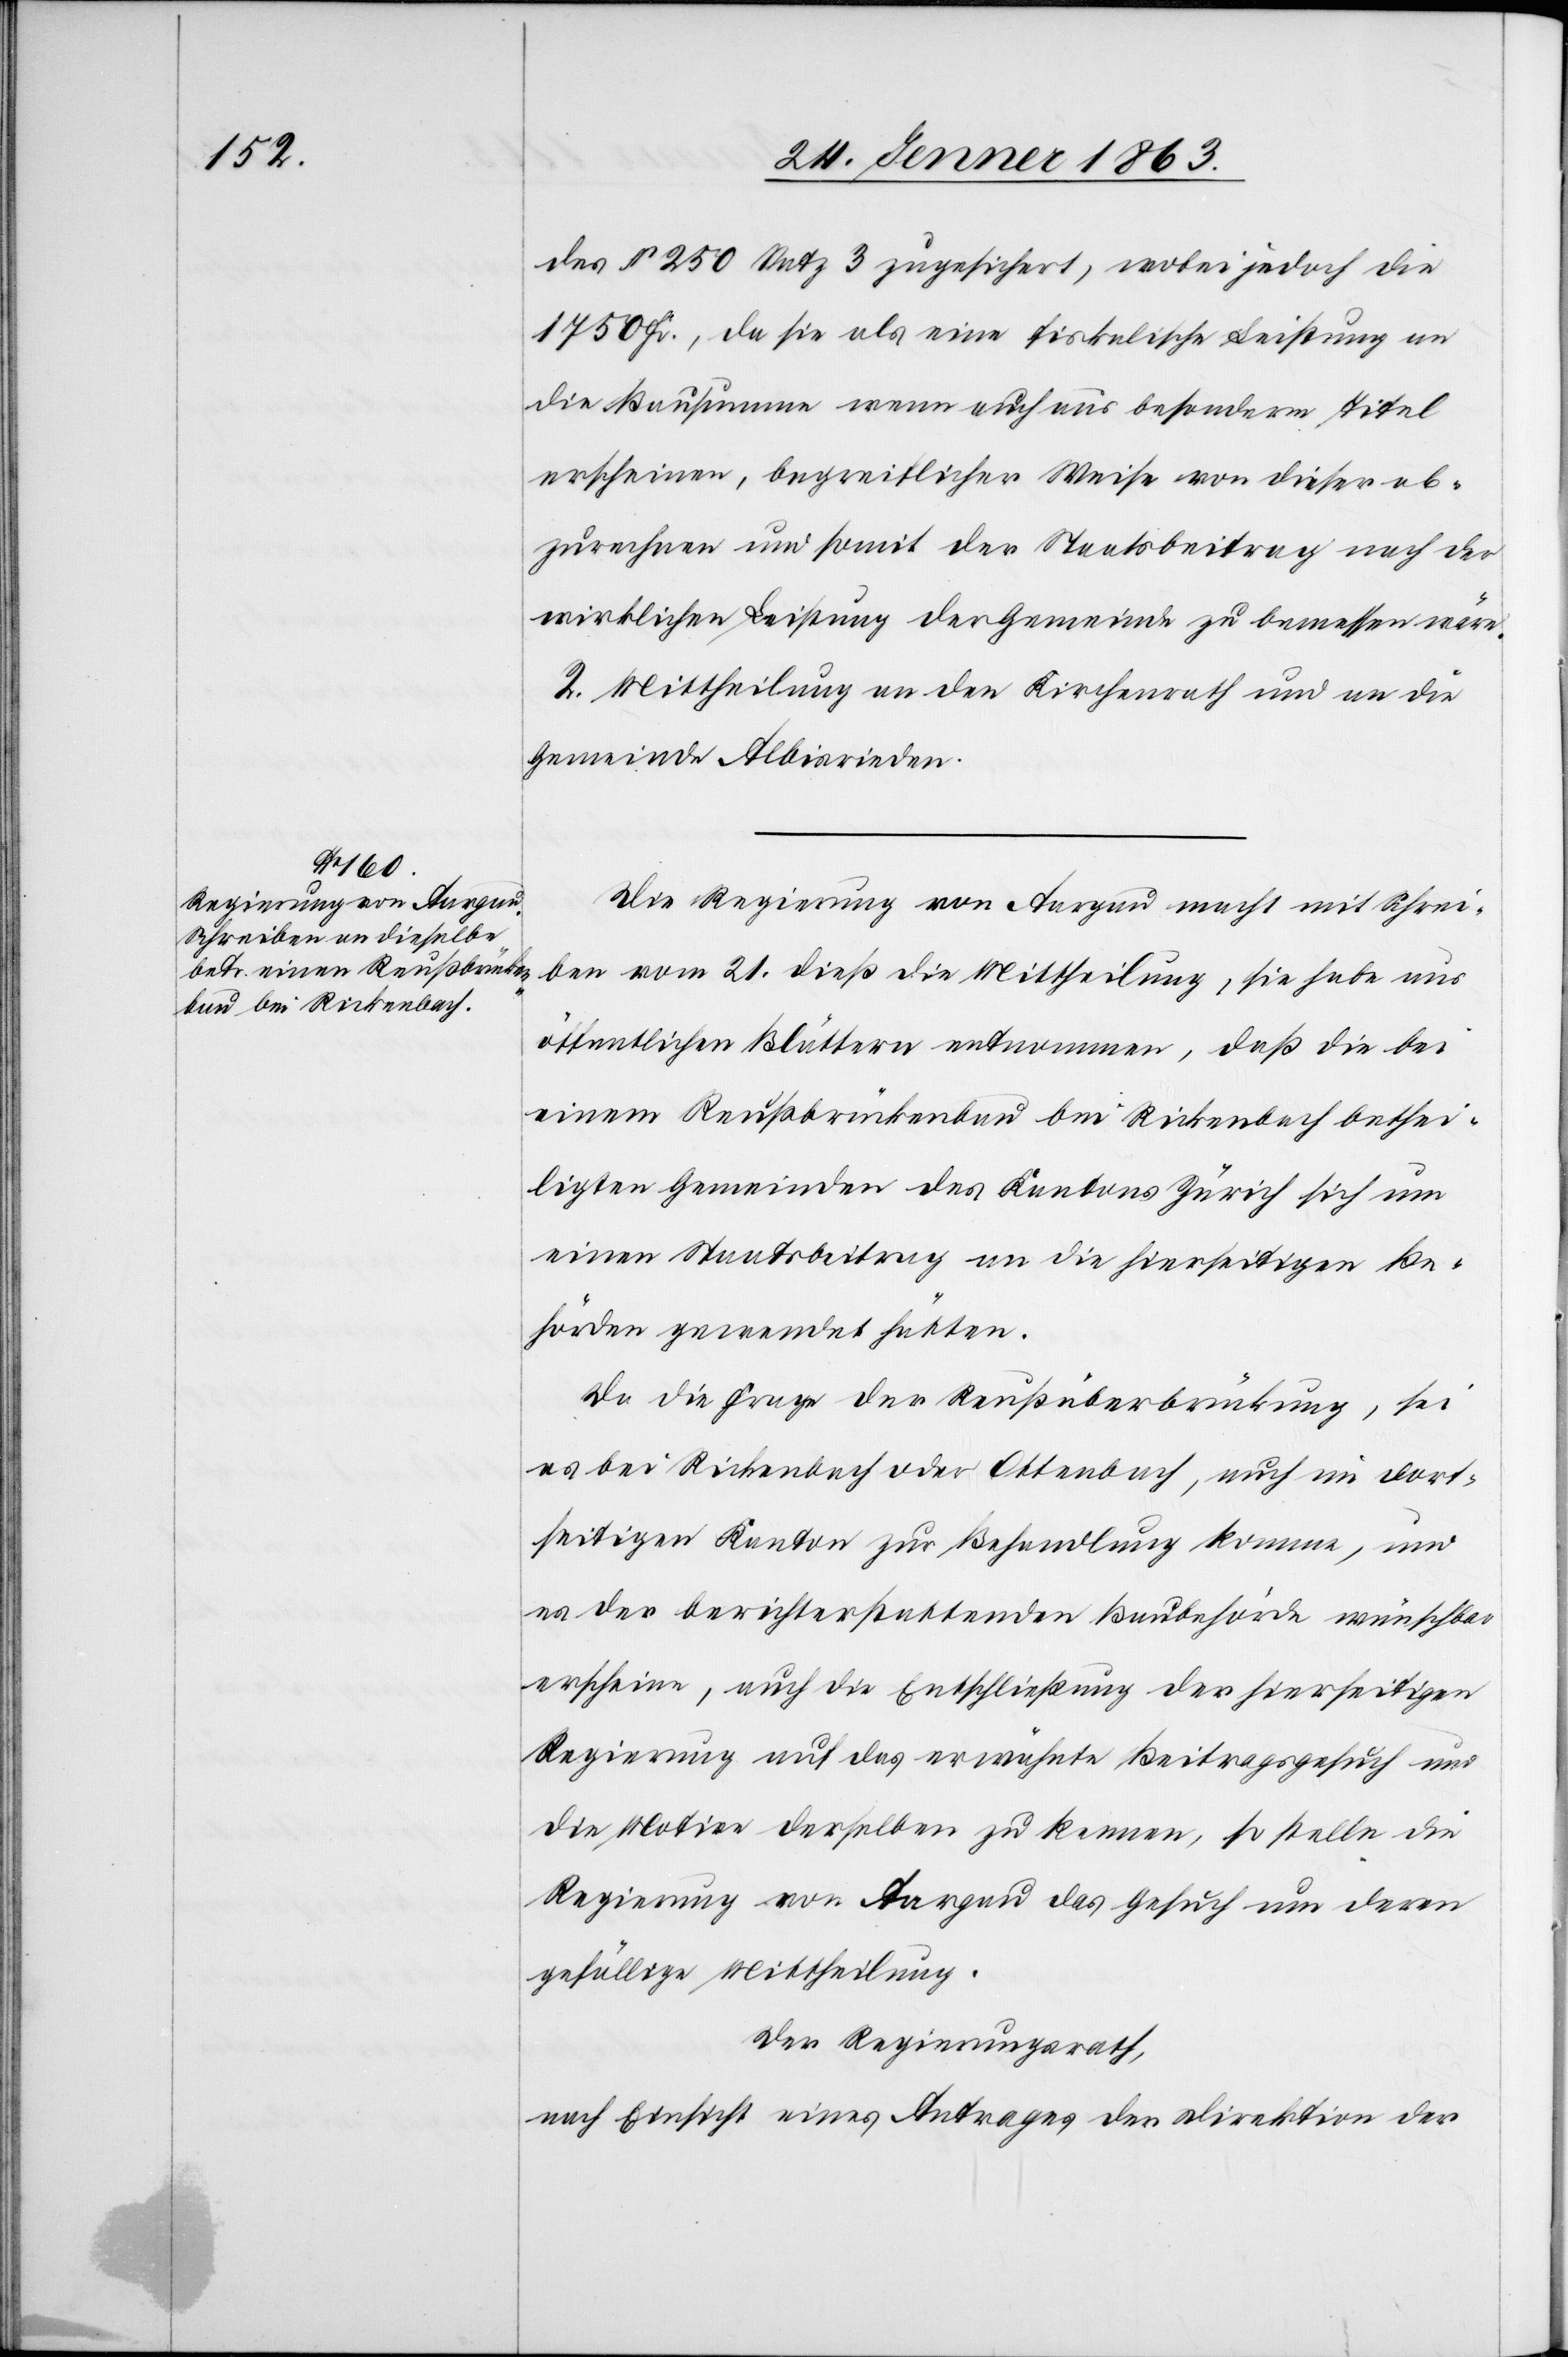
des § 250 Satz 3 zugesichert, wobei jedoch die
1750 Fr., da sie als eine fiskalische Leistung an
die Bausumme wenn auch aus besonderm Titel
erscheinen, begreiflicher Weise von dieser ab¬
zurechnen und somit der Staatsbeitrag nach der
wirklichen Leistung der Gemeinde zu bemessen wäre.
2. Mittheilung an den Kirchenrath und an die
Gemeinde Albisrieden.
Die Regierung von Aargau macht mit Schrei¬
ben vom 21. dieß die Mittheilung, sie habe aus
öffentlichen Blättern entnommen, daß die bei
einem Reußbrückenbau bei Rickenbach bethei¬
ligten Gemeinden des Kantons Zürich sich um
einen Staatsbeitrag an die hierseitigen Be¬
hörden gewendet hätten.
Da die Frage der Reußüberbrückung, sei
es bei Rickenbach oder Ottenbach, auch im dort¬
seitigen Kanton zur Behandlung komme, und
es der berichterstattenden Baubehörde wünschbar
erscheine, auch die Entschließung der hierseitigen
Regierung auf das erwähnte Beitragsgesuch und
die Motive derselben zu kennen, so stelle die
Regierung von Aargau das Gesuch um deren
gefällige Mittheilung.
Der Regierungsrath,
nach Einsicht eines Antrages der Direktion der